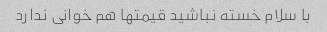
با سلام خسته نباشید قیمتها هم خوانی ندارد